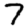
Digit: 7